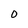
Character: 0